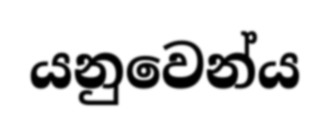
යනුවෙන්ය